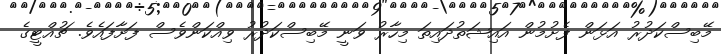
މޭބިސްކަދުރު އަޅަން ފެށުމުން އައިޝަތުދައިތަ މިހާރު ވަނީ މޭބިސްކަދުރު ވިއްކަންވެސް ފަށާފައެވެ. ޗުއްޓީގެ